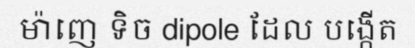
ម៉ាញេ ទិច dipole ដែល បង្កើត